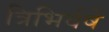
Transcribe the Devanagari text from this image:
त्रिभिर्वर्षे